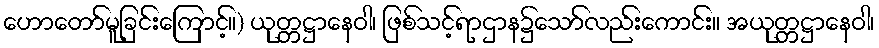
ဟောတော်မူခြင်းကြောင့်။) ယုတ္တဋ္ဌာနေဝါ၊ ဖြစ်သင့်ရာဌာန၌သော်လည်းကောင်း။ အယုတ္တဋ္ဌာနေဝါ၊